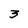
Character: 3